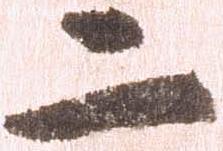
二